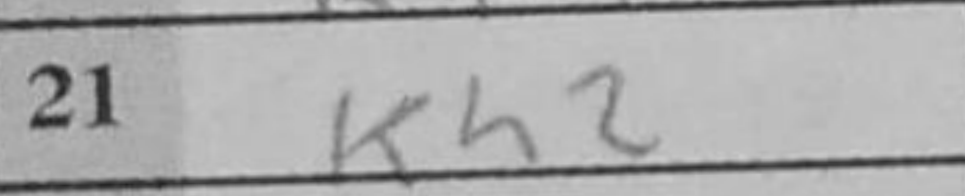
Transcription: Kh2